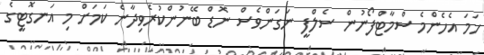
ހަމަ އެހެންމެ ސްމާޓްފޯނުން ސެލްފީ ނަގަންވެސް ނޮޑް ބޭނުންކުރެވިދާނެ ކަމަށް މި އަނގޮޓީގެ